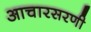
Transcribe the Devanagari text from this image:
आचारसरणी